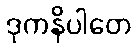
ဒုကနိပါတေ